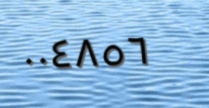
٠٠٤٨٥٦